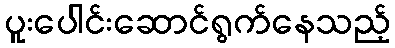
ပူးပေါင်းဆောင်ရွက်နေသည့်